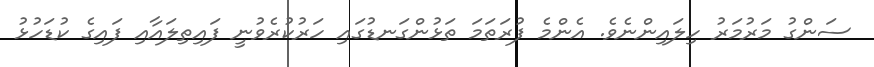
ސަންގު މަރުމަރު ހިލައިންނެވެ. އެންމެ ފުރަތަމަ ތަޅުންގަނޑުގައި ހަރުކުރެވުނީ ފައިތިލައާއި ފައިގެ ކުޑަހުޅު